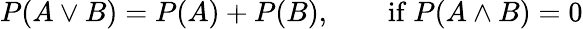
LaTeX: P(A\lor B)=P(A)+P(B),\qquad{\mathrm{if~}}P(A\land B)=0